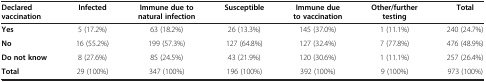
| Declared vaccination | Infected | Immune due to natural infection | Susceptible | Immune due to vaccination | Other/further testing | Total |
 | --- | --- | --- | --- | --- | --- | --- |
 | Yes | 5 (17.2%) | 63 (18.2%) | 26 (13.3%) | 145 (37.0%) | 1 (11.1%) | 240 (24.7%) |
 | No | 16 (55.2%) | 199 (57.3%) | 127 (64.8%) | 127 (32.4%) | 7 (77.8%) | 476 (48.9%) |
 | Do not know | 8 (27.6%) | 85 (24.5%) | 43 (21.9%) | 120 (30.6%) | 1 (11.1%) | 257 (26.4%) |
 | Total | 29 (100%) | 347 (100%) | 196 (100%) | 392 (100%) | 9 (100%) | 973 (100%) |